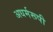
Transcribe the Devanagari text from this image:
अधर्मरूपी